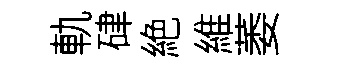
軌硉絶維萎